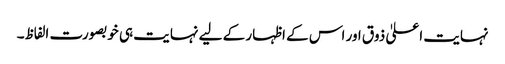
نہایت اعلیٰ ذوق اور اس کے اظہار کے لیے نہایت ہی خوبصورت الفاظ۔